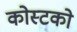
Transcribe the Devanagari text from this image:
कोस्‍टको